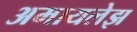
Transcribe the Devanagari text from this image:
अमायलेझ